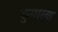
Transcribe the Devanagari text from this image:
कुमार्‍या